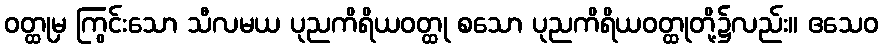
ဝတ္ထုမှ ကြွင်းသော သီလမယ ပုညကိရိယဝတ္ထု စသော ပုညကိရိယဝတ္ထုတို့၌လည်း။ ဧသေဝ